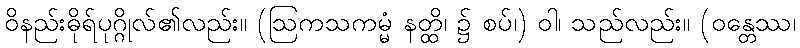
ဝိနည်းဓိုရ်ပုဂ္ဂိုလ်၏လည်း။ (ဩကသကမ္မံ နတ္ထိ၊ ၌ စပ်၊) ဝါ၊ သည်လည်း။ (ဝန္တေဿ၊